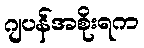
ဂျပန်အစိုးရက